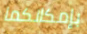
بإمكانكما